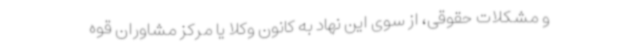
و مشکلات حقوقی، از سوی این نهاد به کانون وکلا یا مرکز مشاوران قوه